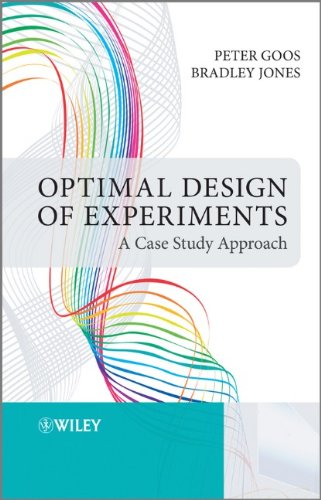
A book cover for Optimal Design of Experiments: A Case Study Approach; Peter Goos; Science & Math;